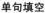
单句填空